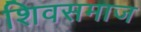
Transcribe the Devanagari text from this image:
शिवसमाज